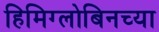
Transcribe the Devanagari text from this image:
हिमिग्लोबिनच्या